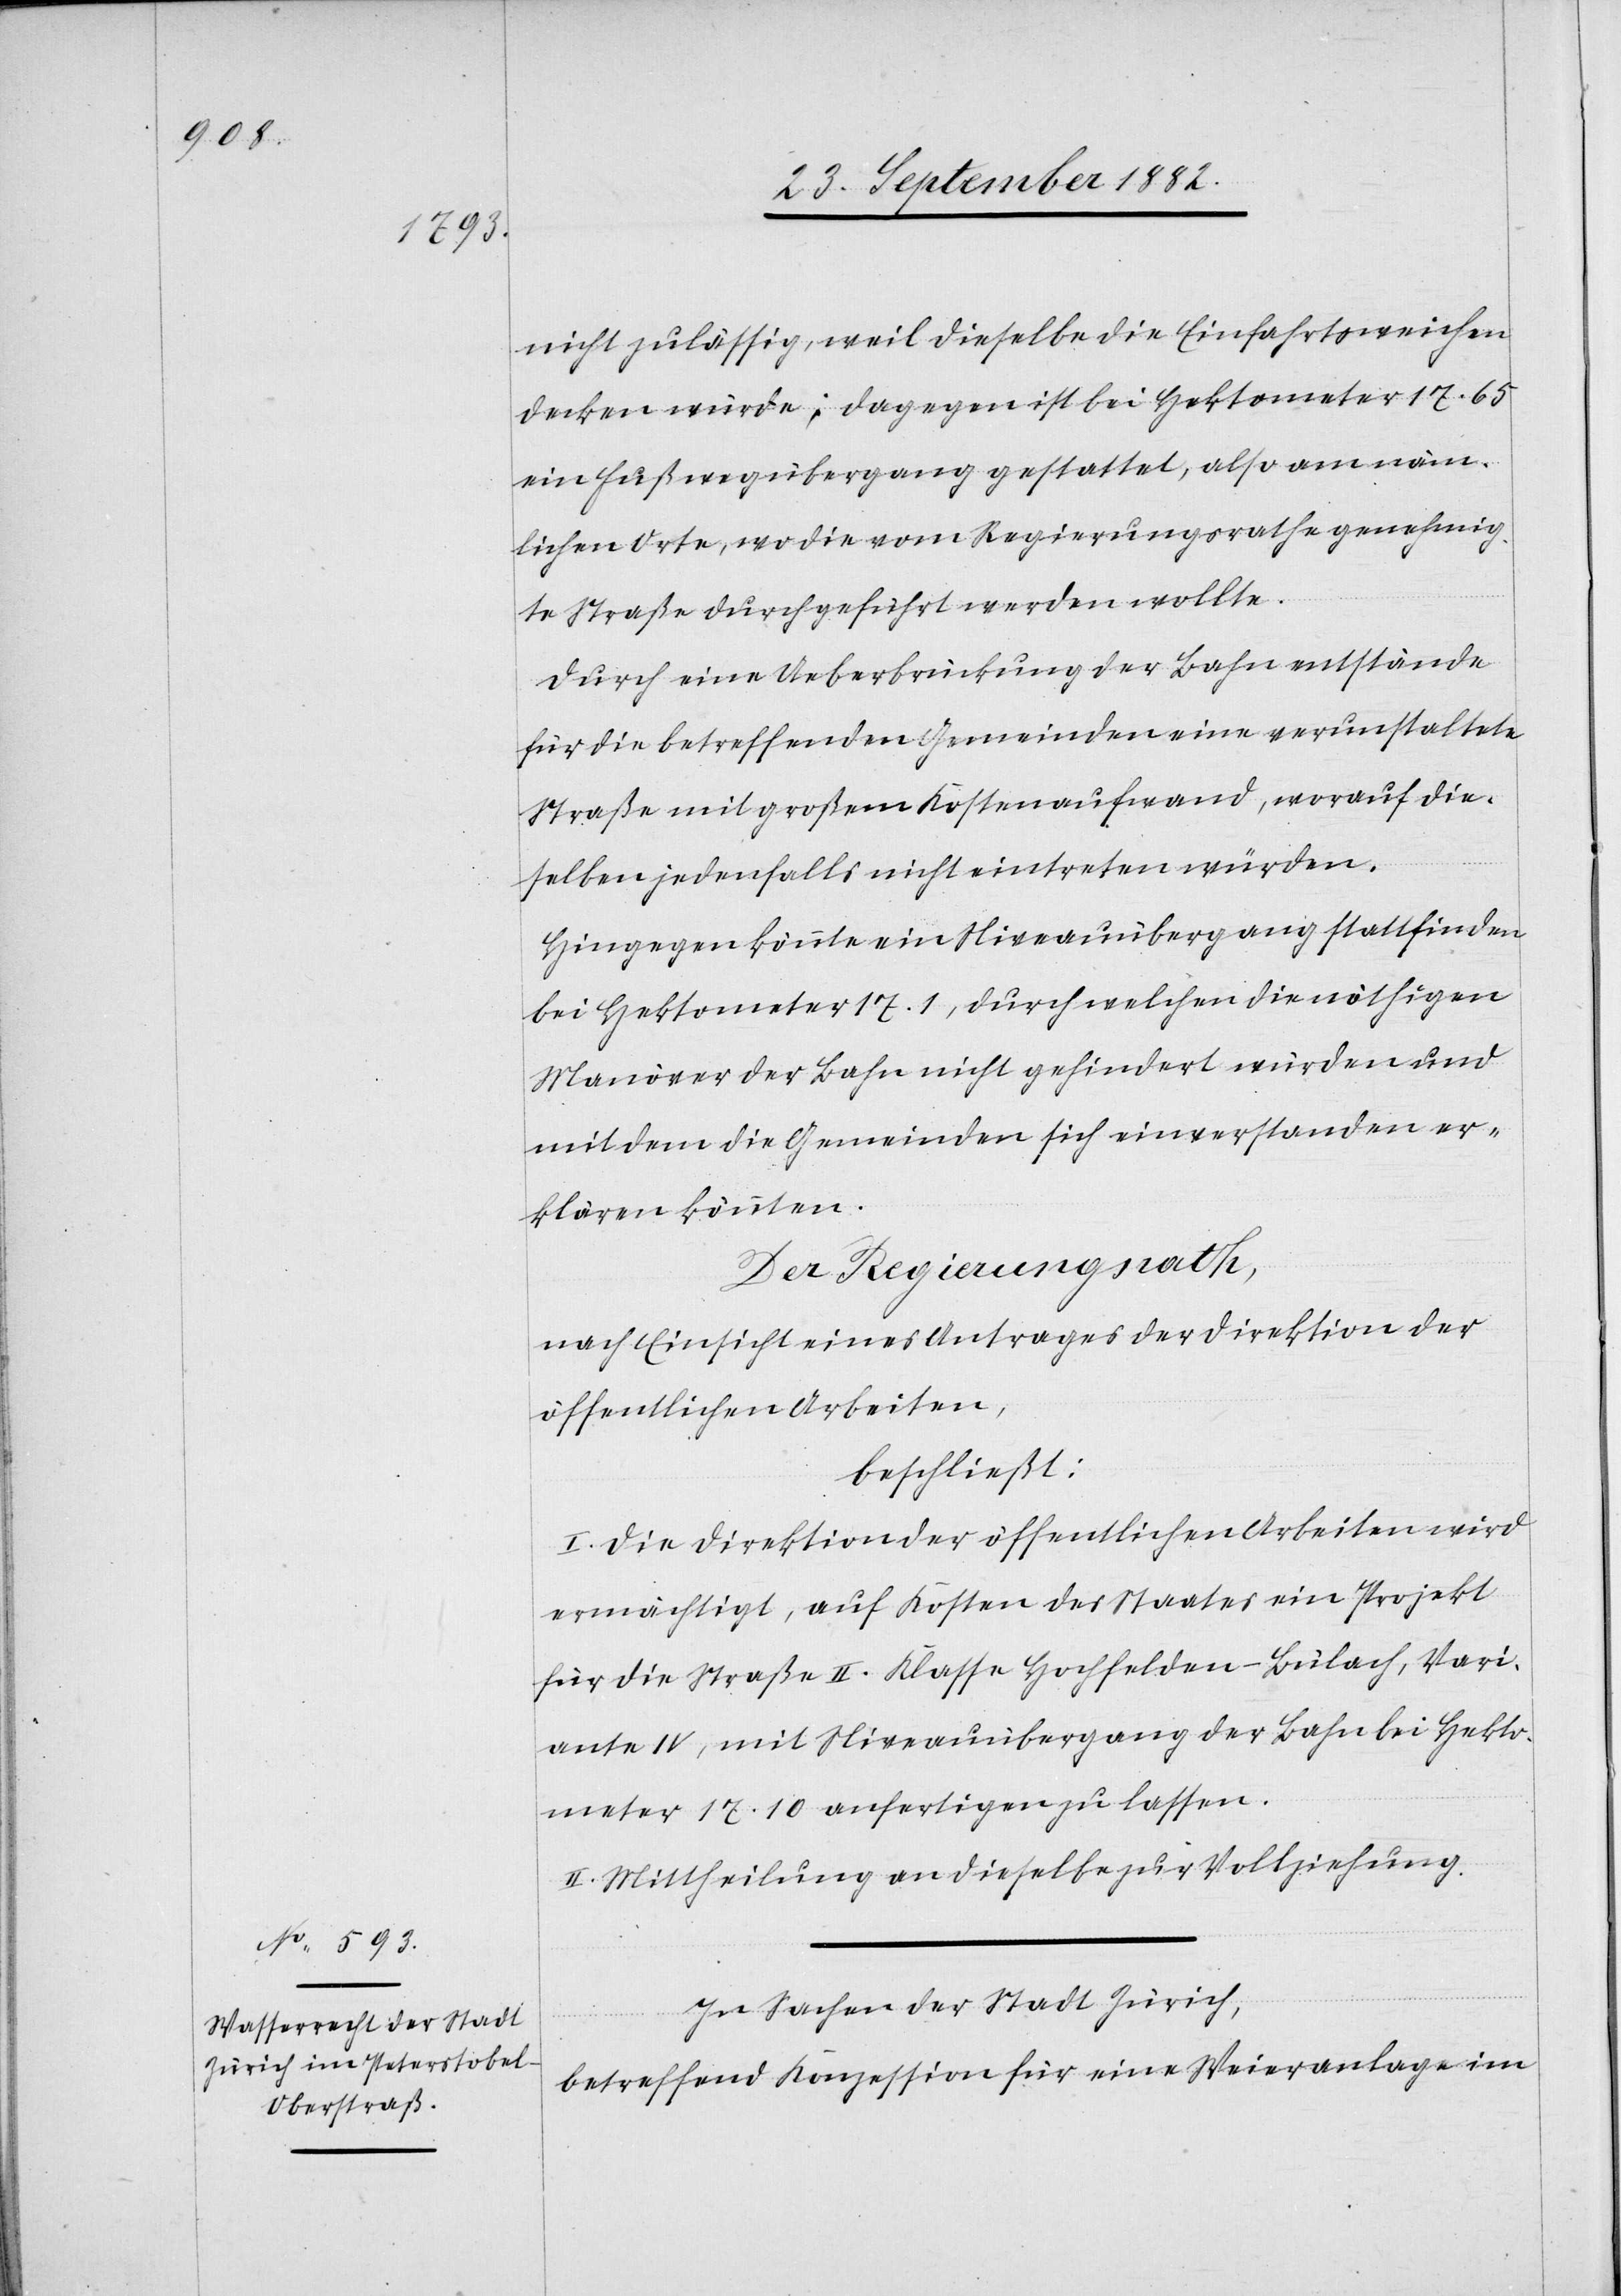
nicht zulässig, weil dieselbe die Einfahrtsweichen
decken würde; dagegen ist bei Hektometer 17.65
ein Fußwegübergang gestattet, als am näm¬
lichen Orte, wo die vom Regierungsrathe genehmig¬
te Straße durchgeführt werden wollte.
Durch eine Ueberbrückung der Bahn entstände
für die betreffenden Gemeinden eine verunstaltete
Straße mit großem Kostenaufwand, worauf die¬
selben jedenfalls nicht eintreten würden.
Hingegen könnte ein Niveauübergang stattfinden
bei Hektometer 17.1, durch welchen die nöthigen
Manöver der Bahn nicht gehindert würden und
mit dem die Gemeinden sich einverstanden er¬
klären könnten.
Der Regierungsrath,
nach Einsicht eines Antrages der Direktion der
öffentlichen Arbeiten,
beschließt:
I. Die Direktion der öffentlichen Arbeiten wird
ermächtigt, auf Kosten des Staates ein Projekt
für die Straße II. Klasse Hochfelden–Bülach, Vari¬
ante IV, mit Niveauübergang der Bahn bei Hekto¬
meter 17.10 anfertigen zu lassen.
II. Mittheilung an dieselbe zur Vollziehung.
In Sachen der Stadt Zürich,
betreffend Konzession für eine Weieranlage im